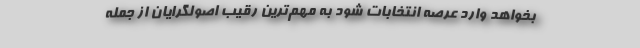
بخواهد وارد عرصه انتخابات شود به مهم‌ترین رقیب اصولگرایان از جمله